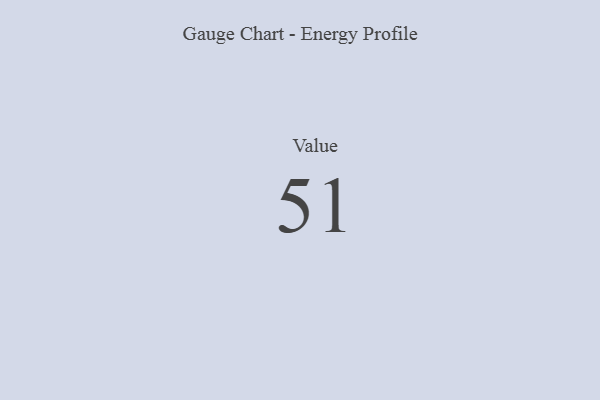
{"axis": {"x": "Metric", "y": "Value"}, "legend": [""], "data": [{"x": "Value", "y": 51, "type": ""}]}